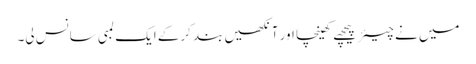
میں نے چیئر پیچھے کھینچا اور آنکھیں بند کرکے ایک لمبی سانس لی۔